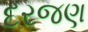
દરજણ